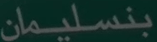
بنسليمان